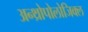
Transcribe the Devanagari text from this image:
अन्थ्रोपोलोजिक्ल